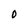
Character: 0